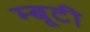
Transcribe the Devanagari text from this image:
म्बूटी